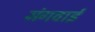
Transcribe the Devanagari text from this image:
मंगवाईं